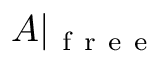
A | _ { \mathrm { ~ f ~ r ~ e ~ e ~ } }